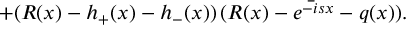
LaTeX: + ( R ( x ) - h _ { + } ( x ) - h _ { - } ( x ) ) \, \bar { ( R ( x ) - e ^ { - i s x } - q ( x ) ) } .